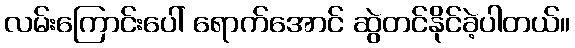
လမ်းကြောင်းပေါ် ရောက်အောင် ဆွဲတင်နိုင်ခဲ့ပါတယ်။